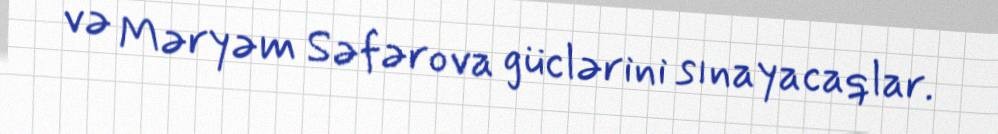
və Məryəm Səfərova güclərini sınayacaqlar.